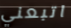
اتبعني